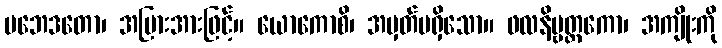
ပဘေဒတော၊ အပြားအားဖြင့်။ ယောကောစိ၊ အမှတ်မရှိသော။ ဖလနိဗ္ဗတ္တကော၊ အကျိုးကို